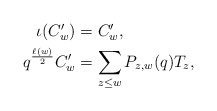
\begin{align*} \begin{aligned} \iota(C'_w)&=C'_w,\\ q^{\frac{\ell(w)}{2}}C'_w&=\sum_{z\leq w}P_{z,w}(q)T_z, \end{aligned} \end{align*}